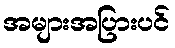
အများအပြားပင်